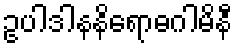
ဥပါဒါနနိရောဓဂါမိနီ